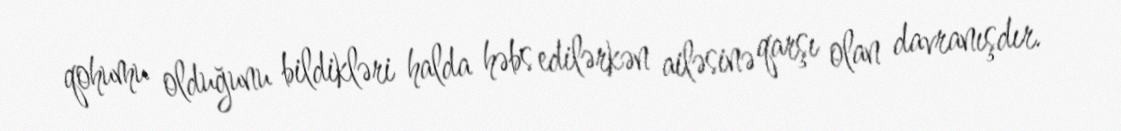
qohumu olduğunu bildikləri halda həbs edilərkən ailəsinə qarşı olan davranışdır.